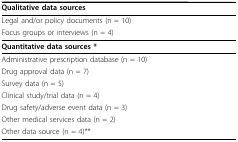
| Qualitative data sources |
 | --- |
 | Legal and/or policy documents (n = 10) |
 | Focus groups or interviews (n = 4) |
 | Quantitative data sources * |
 | Administrative prescription database (n = 10) |
 | Drug approval data (n = 7) |
 | Survey data (n = 5) |
 | Clinical study/trial data (n = 4) |
 | Drug safety/adverse event data (n = 3) |
 | Other medical services data (n = 2) |
 | Other data source (n = 4)** |